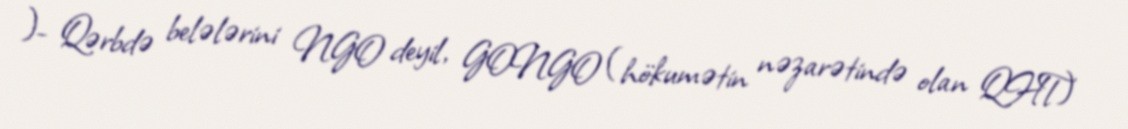
)- Qərbdə belələrini NGO deyil, GONGO (hökumətin nəzarətində olan QHT)